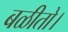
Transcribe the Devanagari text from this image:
बळीतो।